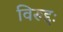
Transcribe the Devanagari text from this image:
विरुद्दः